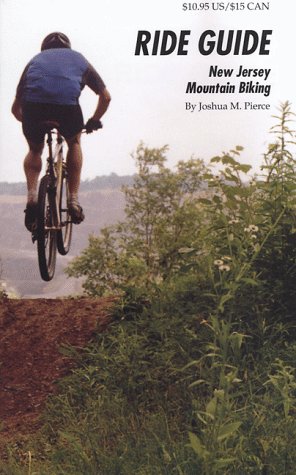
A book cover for Ride Guide: New Jersey Mountain Biking (Ride Guides); Joshua M. Pierce; Travel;